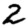
Digit: 2